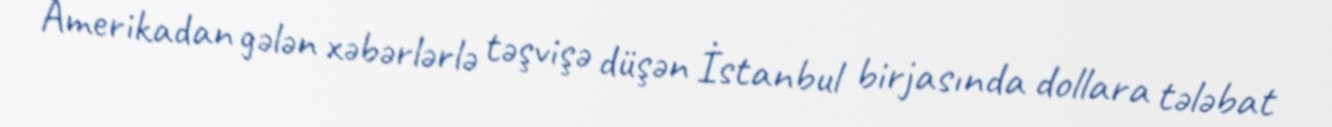
Amerikadan gələn xəbərlərlə təşvişə düşən İstanbul birjasında dollara tələbat